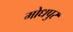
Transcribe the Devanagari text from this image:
मोधपुर